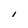
Character: I